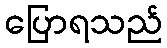
ပြောရသည်